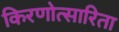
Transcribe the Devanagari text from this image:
किरणोत्सारिता